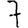
Digit: 7